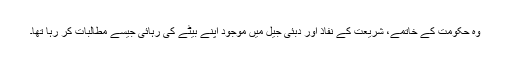
وہ حکومت کے خاتمے، شریعت کے نفاذ اور دبئی جیل میں موجود اپنے بیٹے کی رہائی جیسے مطالبات کر رہا تھا۔